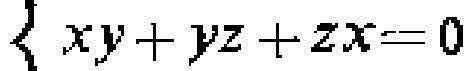
$\left\{\begin{array}{l}xy + yz + zx = 0\end{array}\right.$